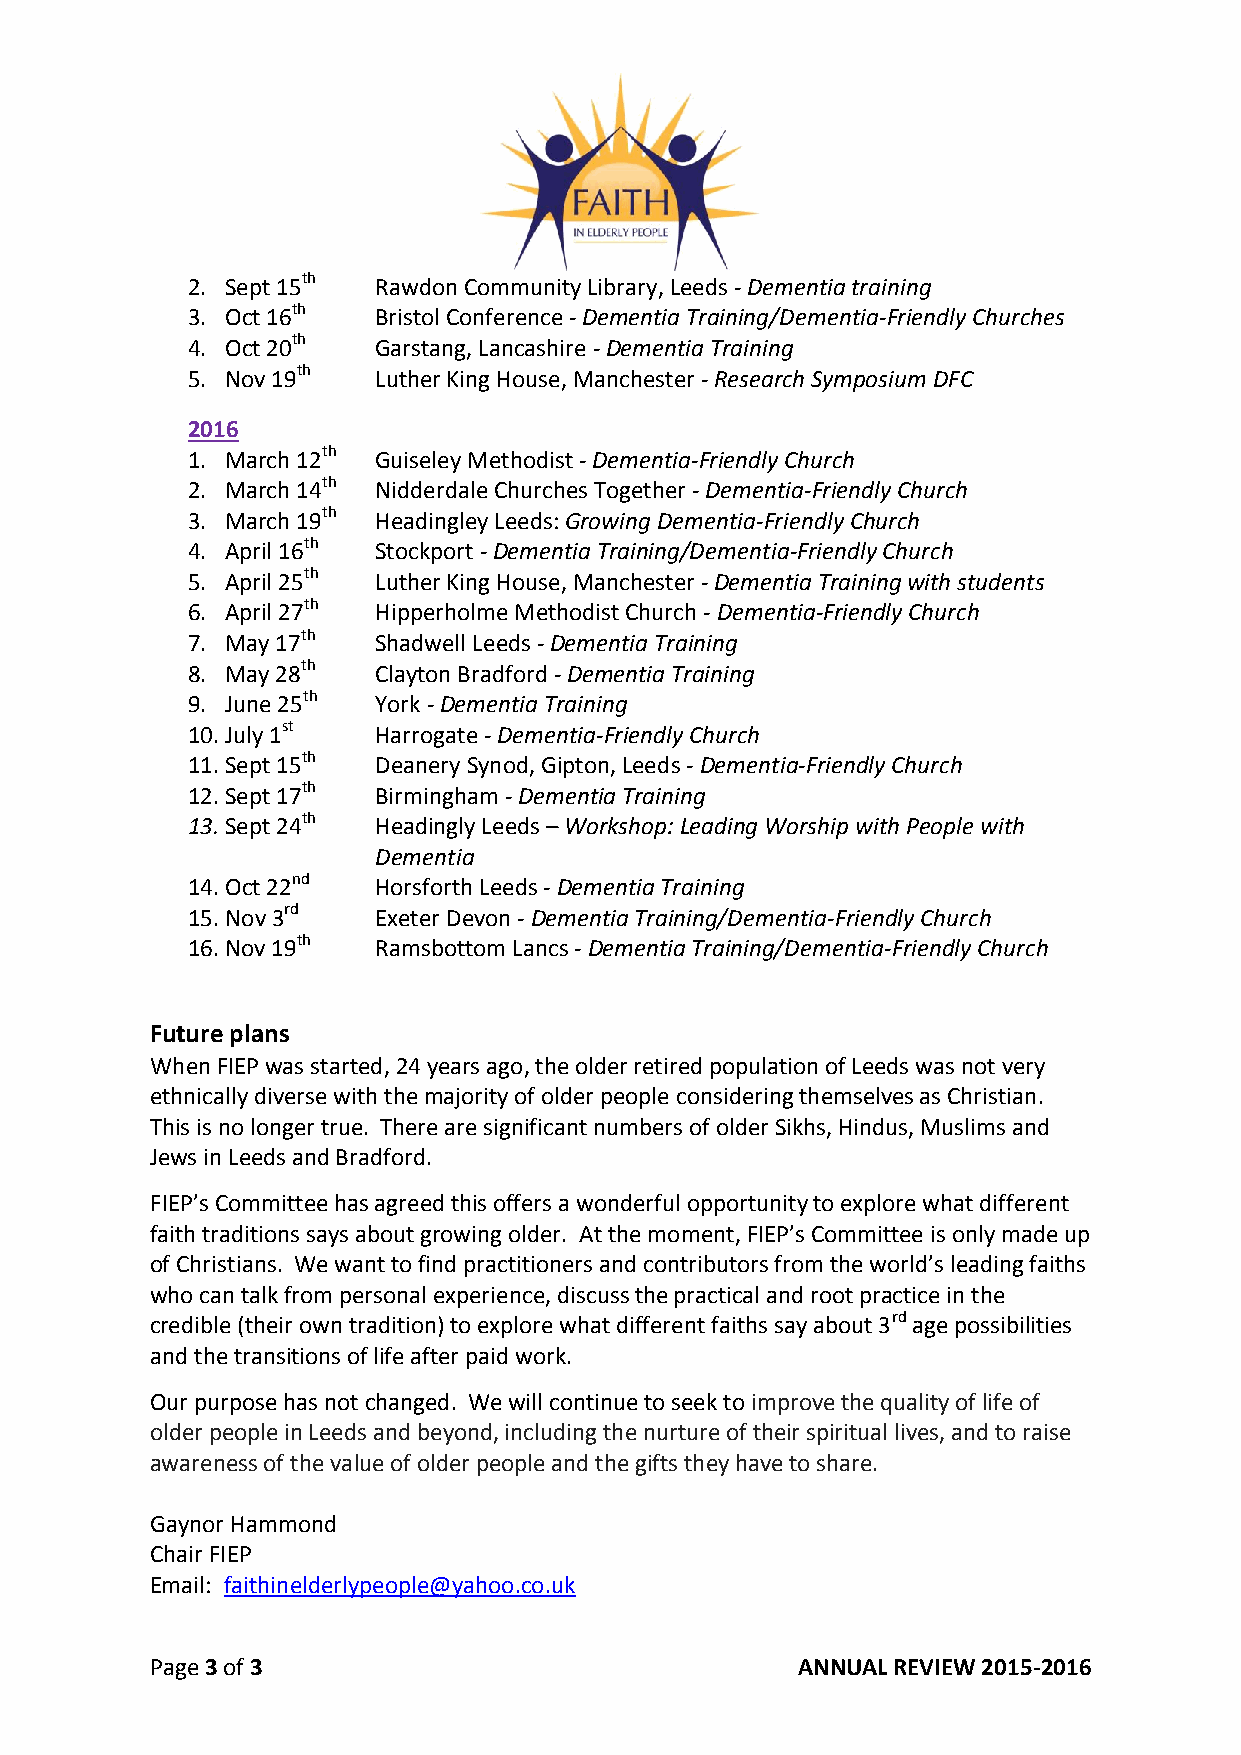
2. Sept 15th Rawdon Community Library, Leeds - Dementia training
 3. Oct 16th  Bristol Conference - Dementia Training/Dementia-Friendly Churches
 4. Oct 20th  Garstang, Lancashire - Dementia Training
 5. Nov 19th  Luther King House, Manchester - Research Symposium DFC
 2016
 1. March 12th Guiseley Methodist - Dementia-Friendly Church
 2. March 14th Nidderdale Churches Together - Dementia-Friendly Church
 3. March 19th Headingley Leeds: Growing Dementia-Friendly Church
 4. April 16th Stockport - Dementia Training/Dementia-Friendly Church
 5. April 25th Luther King House, Manchester - Dementia Training with students
 6. April 27th Hipperholme Methodist Church - Dementia-Friendly Church
 7. May 17th  Shadwell Leeds - Dementia Training
 8. May 28th  Clayton Bradford - Dementia Training
 9. June 25th York - Dementia Training
 10. July 1st Harrogate - Dementia-Friendly Church
 11. Sept 15th Deanery Synod, Gipton, Leeds - Dementia-Friendly Church
 12. Sept 17th Birmingham - Dementia Training
 13. Sept 24th Headingly Leeds – Workshop: Leading Worship with People with
 Dementia
 14. Oct 22nd Horsforth Leeds - Dementia Training
 15. Nov 3rd  Exeter Devon - Dementia Training/Dementia-Friendly Church
 16. Nov 19th Ramsbottom Lancs - Dementia Training/Dementia-Friendly Church
 Future plans
 When FIEP was started, 24 years ago, the older retired population of Leeds was not very
 ethnically diverse with the majority of older people considering themselves as Christian.
 This is no longer true. There are significant numbers of older Sikhs, Hindus, Muslims and
 Jews in Leeds and Bradford.
 FIEP’s Committee has agreed this offers a wonderful opportunity to explore what different
 faith traditions says about growing older. At the moment, FIEP’s Committee is only made up
 of Christians. We want to find practitioners and contributors from the world’s leading faiths
 who can talk from personal experience, discuss the practical and root practice in the
 credible (their own tradition) to explore what different faiths say about 3rd age possibilities
 and the transitions of life after paid work.
 Our purpose has not changed. We will continue to seek to improve the quality of life of
 older people in Leeds and beyond, including the nurture of their spiritual lives, and to raise
 awareness of the value of older people and the gifts they have to share.
 Gaynor Hammond
 Chair FIEP
 Email: faithinelderlypeople@yahoo.co.uk
 Page 3 of 3                                ANNUAL REVIEW 2015-2016